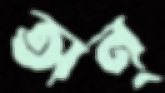
অন্